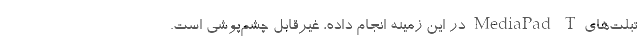
تبلت‌های MediaPad T در این زمینه انجام داده، غیرقابل چشم‌پوشی است.